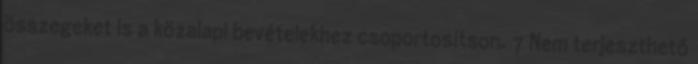
összegeket is a közalapi bevételekhez csoportosítson. 7 Nem terjeszthető